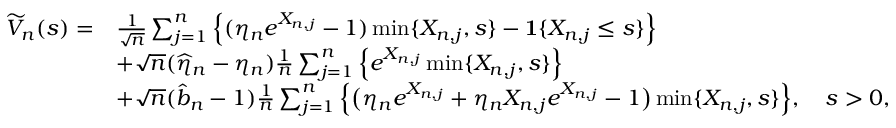
\begin{array} { r l } { \widetilde { V } _ { n } ( s ) = } & { \frac { 1 } { \sqrt { n } } \sum _ { j = 1 } ^ { n } \Big \{ ( \eta _ { n } e ^ { X _ { n , j } } - 1 ) \operatorname* { m i n } \{ X _ { n , j } , s \} - \mathbf { 1 } \{ X _ { n , j } \leq s \} \Big \} } \\ & { + \sqrt { n } ( \widehat { \eta } _ { n } - \eta _ { n } ) \frac 1 n \sum _ { j = 1 } ^ { n } \Big \{ e ^ { X _ { n , j } } \operatorname* { m i n } \{ X _ { n , j } , s \} \Big \} } \\ & { + \sqrt { n } ( \widehat { b } _ { n } - 1 ) \frac { 1 } { n } \sum _ { j = 1 } ^ { n } \Big \{ \big ( \eta _ { n } e ^ { X _ { n , j } } + \eta _ { n } X _ { n , j } e ^ { X _ { n , j } } - 1 \big ) \operatorname* { m i n } \{ X _ { n , j } , s \} \Big \} , \quad s > 0 , } \end{array}